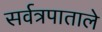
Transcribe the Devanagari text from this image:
सर्वत्रपाताले